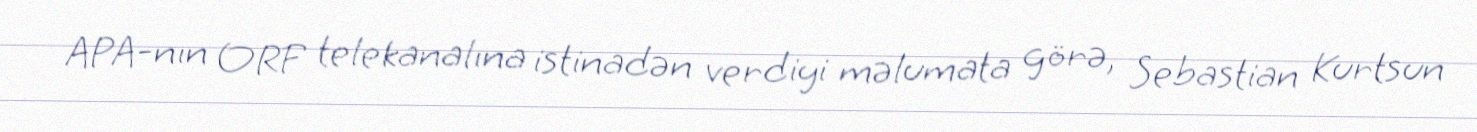
APA-nın ORF telekanalına istinadən verdiyi məlumata görə, Sebastian Kurtsun